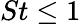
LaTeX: St\leq 1